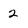
Character: 2